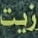
زیت